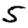
Digit: 5